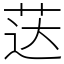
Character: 荙